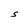
Character: S